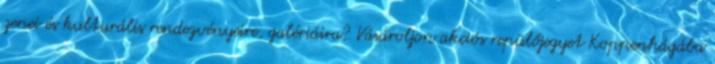
zenei és kulturális rendezvényeire, galériáira? Vásároljon akciós repülőjegyet Koppenhágába